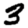
Digit: 3